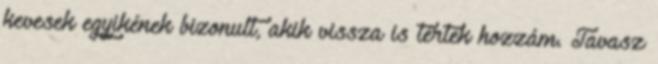
kevesek egyikének bizonult, akik vissza is tértek hozzám. Tavasz